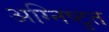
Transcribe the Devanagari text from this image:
अग्निष्टुत